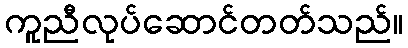
ကူညီလုပ်ဆောင်တတ်သည်။